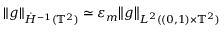
\| g \| _ { \dot { H } ^ { - 1 } ( \ensuremath { \mathbb { T } } ^ { 2 } ) } \simeq \varepsilon _ { m } \bigl \| g \bigr \| _ { L ^ { 2 } ( ( 0 , 1 ) \times \ensuremath { \mathbb { T } } ^ { 2 } ) }